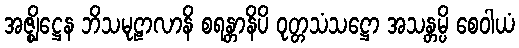
အဇ္ဈိဋ္ဌေန ဘိသမုဠာလာနိ စရန္တာနိပိ ဝုတ္တသံသဋ္ဌော အသန္တမ္ပိ စေဝါယံ